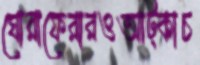
ঘোরাফেরারওআট্‌কাচ